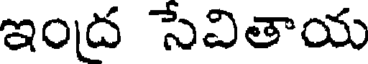
ఇంద సేవితాయ